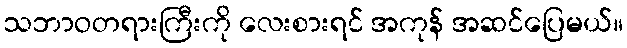
သဘာဝတရားကြီးကို လေးစားရင် အကုန် အဆင်ပြေမယ်။